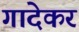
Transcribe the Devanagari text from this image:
गादेकर